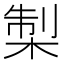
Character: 𭪨